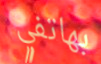
بهاتفي